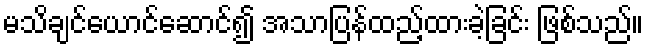
မသိချင်ယောင်ဆောင်၍ အသာပြန်ထည့်ထားခဲ့ခြင်း ဖြစ်သည်။